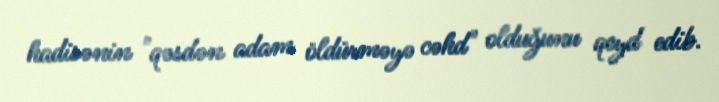
hadisənin "qəsdən adam öldürməyə cəhd" olduğunu qeyd edib.